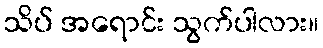
သိပ် အရောင်း သွက်ပါလား။